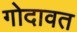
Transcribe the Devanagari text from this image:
गोदावत